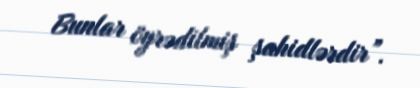
Bunlar öyrədilmiş şahidlərdir”.